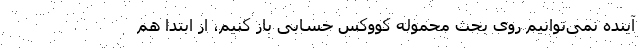
آینده نمی‌توانیم روی بحث محموله کووکس حسابی باز کنیم، از ابتدا هم